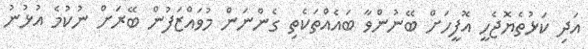
އަދި ކަޅުތެޔޮޖެހީ އޮފީހަށް ބޭނުންވާ ބައެއްތަކެތި ގެންނަން މުވައްޒަފުން ބޭރަށް ނުކުމެ އުޅުނު